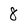
Character: 8